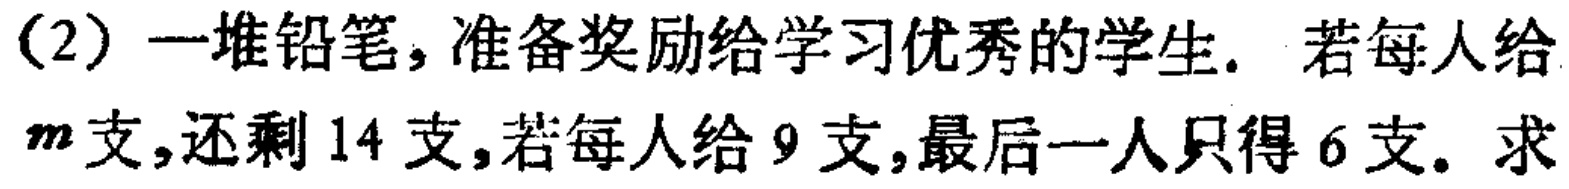
(2) 一堆铅笔，准备奖励给学习优秀的学生. 若每人给$m$支，还剩$14$支，若每人给$9$支，最后一人只得$6$支. 求